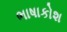
ભાષાકોશ